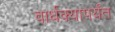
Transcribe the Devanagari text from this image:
वार्धक्यापर्यंत